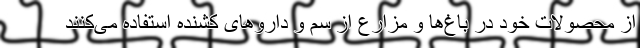
از محصولات خود در باغ‌ها و مزارع از سم و داروهای کشنده استفاده می‌کنند